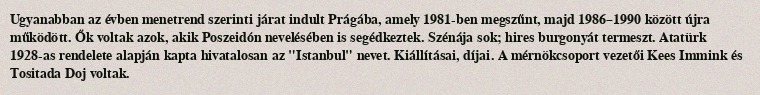
Ugyanabban az évben menetrend szerinti járat indult Prágába, amely 1981-ben megszűnt, majd 1986–1990 között újra működött. Ők voltak azok, akik Poszeidón nevelésében is segédkeztek. Szénája sok; hires burgonyát termeszt. Atatürk 1928-as rendelete alapján kapta hivatalosan az "Istanbul" nevet. Kiállításai, díjai. A mérnökcsoport vezetői Kees Immink és Tositada Doj voltak.